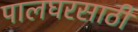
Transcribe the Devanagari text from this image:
पालघरसाठी